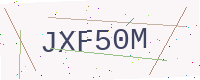
Text: JXF50M